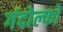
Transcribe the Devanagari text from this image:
गंदोल्फो